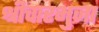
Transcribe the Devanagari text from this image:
श्रीचारभुजा